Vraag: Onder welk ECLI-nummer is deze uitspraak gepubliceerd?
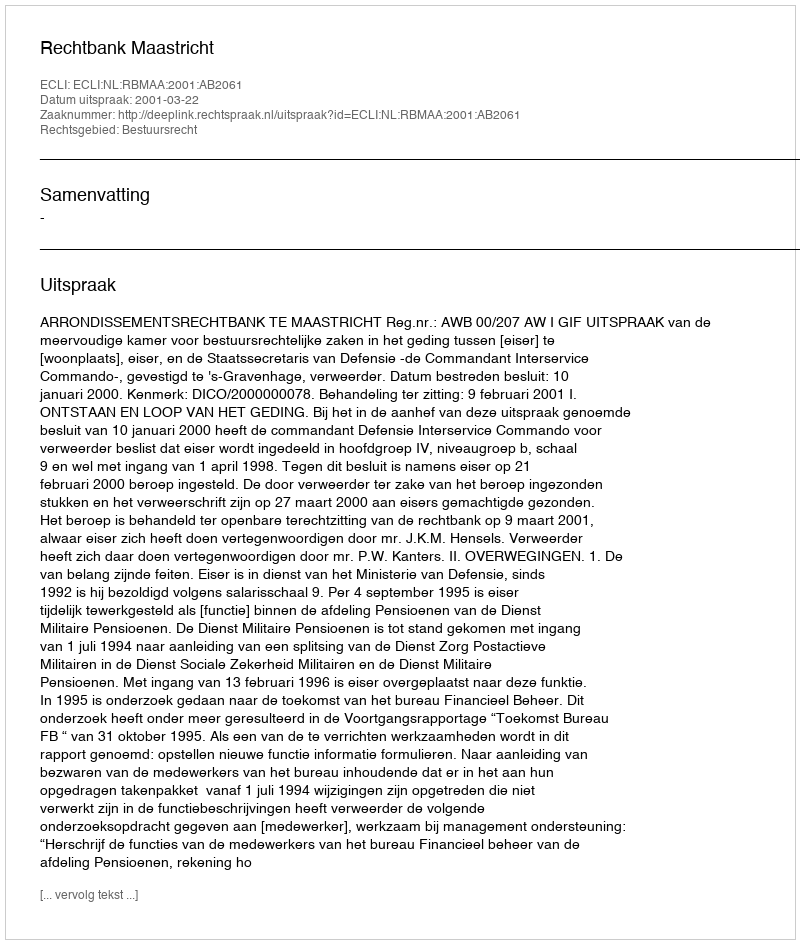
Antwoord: ECLI:NL:RBMAA:2001:AB2061